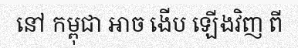
នៅ កម្ពុជា អាច ងើប ឡើងវិញ ពី